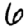
Digit: 6